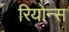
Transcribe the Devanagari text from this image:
रियोन्स